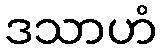
ဒသာဟံ